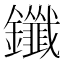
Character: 鑯